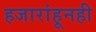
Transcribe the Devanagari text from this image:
हजारांहूनही